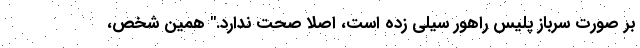
بر صورت سرباز پلیس راهور سیلی زده است، اصلاً صحت ندارد." همین شخص،